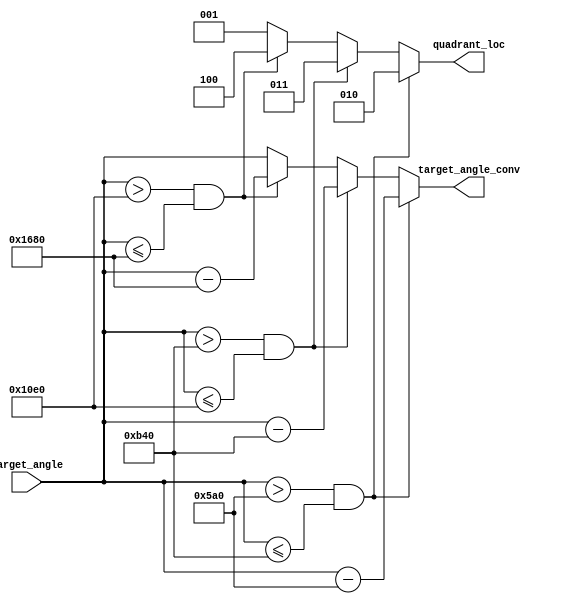
module get_conv_target_angle(
input signed [19:0] target_angle,
output reg signed [19:0] target_angle_conv,
output reg [2:0] quadrant_loc
    );
  
  
  // Shifting the angles by the appropriate amount  
  always@(*)
    begin
        if ((target_angle >{16'd90,4'd0}) && (target_angle <= {16'd180,4'd0})) target_angle_conv = target_angle - {16'd90,4'd0};
        else if ((target_angle >{16'd180,4'd0}) && (target_angle <= {16'd270,4'd0})) target_angle_conv = target_angle - {16'd180,4'd0};
        else if ((target_angle > {16'd270,4'd0}) && (target_angle <= {16'd360,4'd0})) target_angle_conv = target_angle - {16'd360,4'd0};
        else target_angle_conv = target_angle;
    end 
  
    
  always@(*)
    begin
        if ((target_angle >{16'd90,4'd0}) && (target_angle <= {16'd180,4'd0})) quadrant_loc = 3'd2;
        else if ((target_angle >{16'd180,4'd0}) && (target_angle <= {16'd270,4'd0})) quadrant_loc = 3'd3;
        else if ((target_angle > {16'd270,4'd0}) && (target_angle <= {16'd360,4'd0})) quadrant_loc = 3'd4;
        else quadrant_loc = 3'd1;
    end    
endmodule